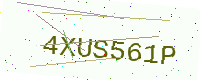
Text: 4XUS561P